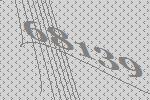
68139